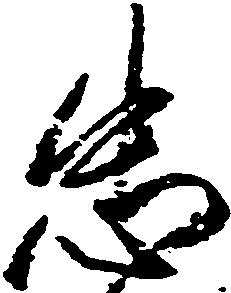
忠